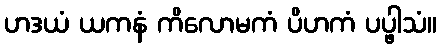
ဟဒယံ ယကနံ ကိလောမကံ ပိဟကံ ပပ္ဖါသံ။